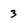
Character: 3